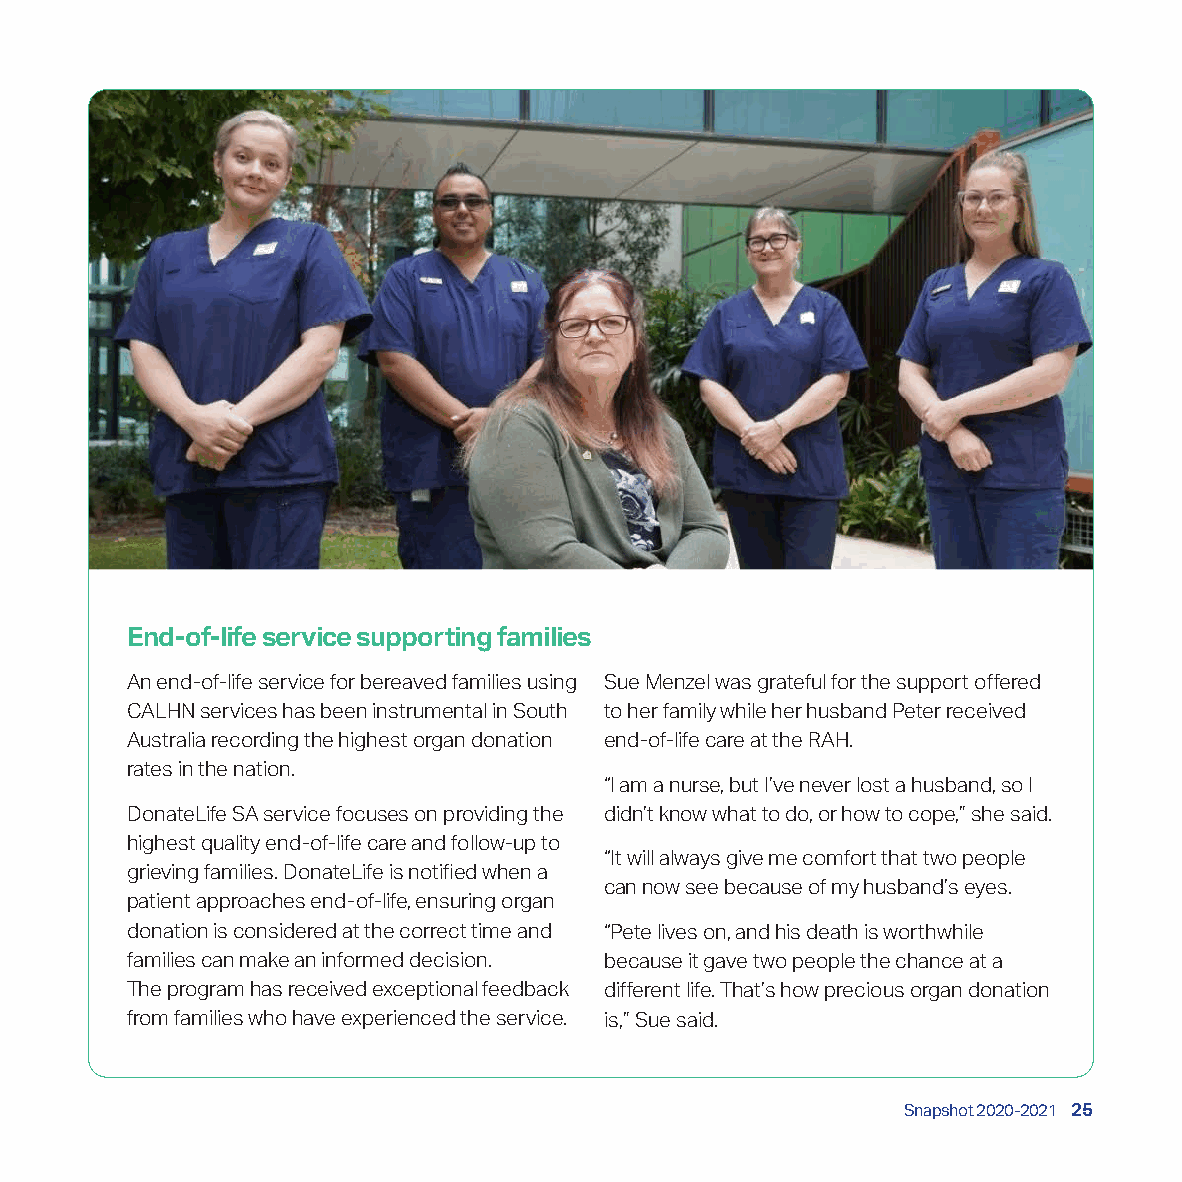
End-of-life service supporting families
 An end-of-life service for bereaved families using Sue Menzel was grateful for the support offered
 CALHN services has been instrumental in South to her family while her husband Peter received
 Australia recording the highest organ donation end-of-life care at the RAH.
 rates in the nation.
 “I am a nurse, but I’ve never lost a husband, so I
 DonateLife SA service focuses on providing the didn’t know what to do, or how to cope,” she said.
 highest quality end-of-life care and follow-up to
 “It will always give me comfort that two people
 grieving families. DonateLife is notified when a
 can now see because of my husband’s eyes.
 patient approaches end-of-life, ensuring organ
 donation is considered at the correct time and “Pete lives on, and his death is worthwhile
 families can make an informed decision. because it gave two people the chance at a
 The program has received exceptional feedback different life. That’s how precious organ donation
 from families who have experienced the service. is,” Sue said.
 Snapshot 2020-2021 25